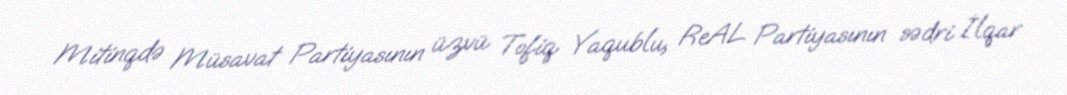
Mitinqdə Müsavat Partiyasının üzvü Tofiq Yaqublu, ReAL Partiyasının sədri İlqar